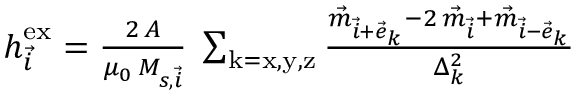
\begin{array} { r } { \boldsymbol { h } _ { \vec { i } } ^ { \mathrm { e x } } = \frac { 2 \, A } { \mu _ { 0 } \, M _ { s , \vec { i } } } \; \sum _ { \mathrm { k = x , y , z } } \frac { \vec { m } _ { \vec { i } + \vec { e } _ { k } } - 2 \, \vec { m } _ { \vec { i } } + \vec { m } _ { \vec { i } - \vec { e } _ { k } } } { \Delta _ { k } ^ { 2 } } } \end{array}